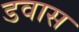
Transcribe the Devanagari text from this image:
डवास